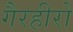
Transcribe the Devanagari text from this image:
गैरहीरो